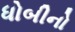
ધોબીનો